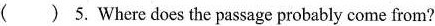
( ) 5.Where does the passage probably come from?